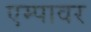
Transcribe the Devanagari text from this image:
एम्पावर